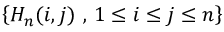
\left\{ H _ { n } ( i , j ) ~ , \, 1 \leq i \leq j \leq n \right\}